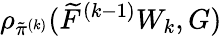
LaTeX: \rho_{\tilde{\pi}^{(k)}}(\widetilde{F}^{(k-1)}W_{k},G)